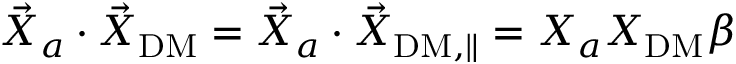
\vec { X } _ { a } \cdot \vec { X } _ { \mathrm { D M } } = \vec { X } _ { a } \cdot \vec { X } _ { \mathrm { D M , \parallel } } = X _ { a } X _ { \mathrm { D M } } \beta